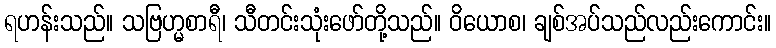
ရဟန်းသည်။ သဗြဟ္မစာရီ၊ သီတင်းသုံးဖော်တို့သည်။ ဝိယောစ၊ ချစ်အပ်သည်လည်းကောင်း။